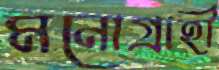
মনোগ্রাহী